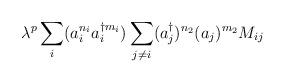
LaTeX: \begin{align*}\lambda^p \sum_i (a_i^{n_i}a_i^{\dagger m_i}) \sum_{j\ne i}(a_j^\dagger)^{n_2}(a_j)^{m_2} M_{ij}\end{align*}